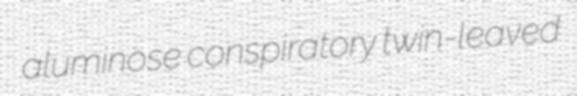
aluminose conspiratory twin-leaved